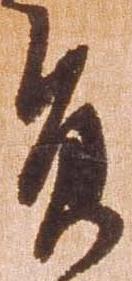
員